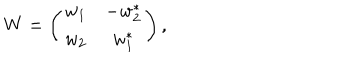
LaTeX: W = \left( \begin{array} { c c } { { w _ { 1 } } } & { { - w _ { 2 } ^ { \ast } } } \\ { { w _ { 2 } } } & { { w _ { 1 } ^ { \ast } } } \\ \end{array} \right) ,